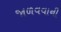
જાળવવાની